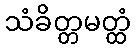
သံခိတ္တမတ္ထံ